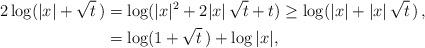
LaTeX: \begin{align*}2 \log (|x| +\sqrt{t}\, ) & = \log ( |x|^2 + 2 |x|\, \sqrt{t} + t) \geq \log(|x| +|x|\, \sqrt{t}\, ) \, ,\\&= \log (1 +\sqrt{t}\, ) +\log |x|, \end{align*}